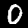
Label: 0